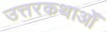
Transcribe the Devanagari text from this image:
उत्तरकथाओँ